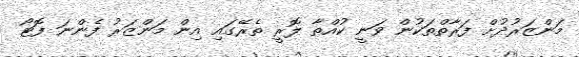
މަންޒަރުދުށް ފަރާތްތަކުން ވަނީ ކުއްތާ ލޮރީ ތެރޭގައި އިން މަންޒަރު ފެންނަ ފޮޓޯ